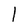
Character: l